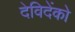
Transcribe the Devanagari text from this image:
देविदेंको